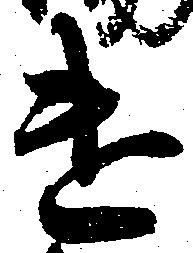
遣